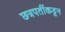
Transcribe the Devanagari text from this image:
छत्रपतींकडून